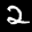
Label: 2